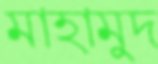
মাহামুদ